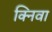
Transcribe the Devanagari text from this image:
क्निवा